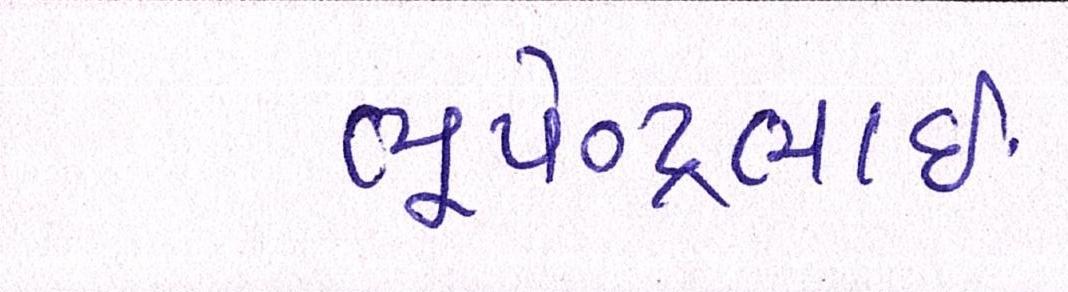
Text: ભૂપેન્દ્રભાઈ